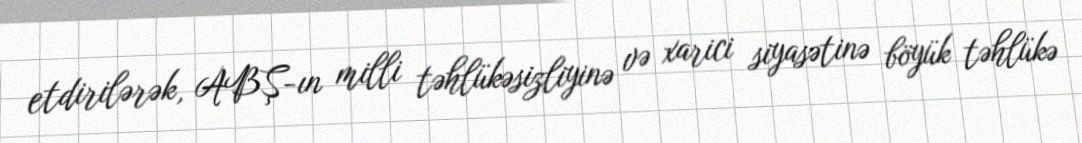
etdirilərək, ABŞ-ın milli təhlükəsizliyinə və xarici siyasətinə böyük təhlükə